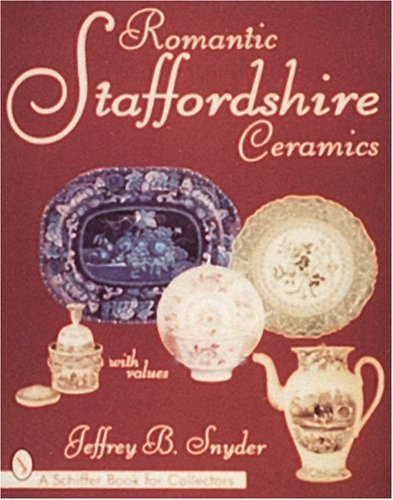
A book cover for Romantic Staffordshire Ceramics (A Schiffer Book for Collectors); Jeffrey B. Snyder; Crafts, Hobbies & Home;